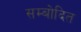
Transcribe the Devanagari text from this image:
सम्बोदित